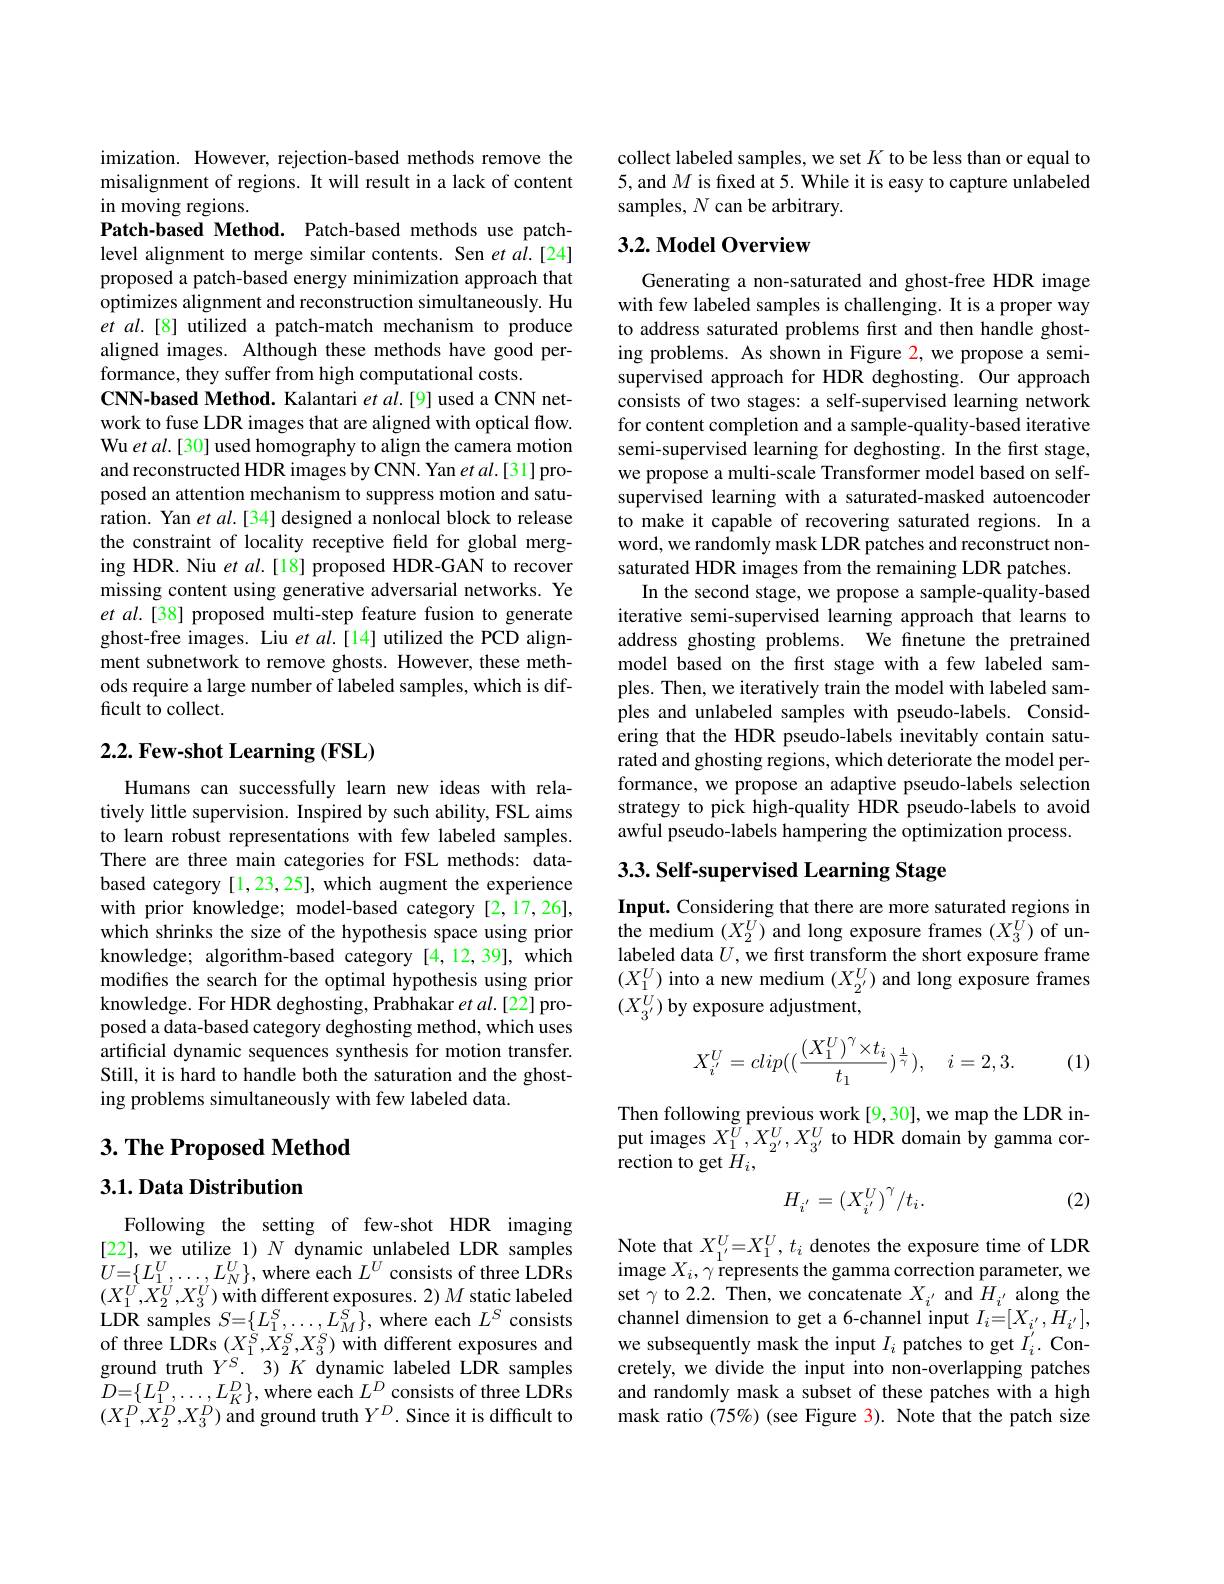
imization. However, rejection-based methods remove the misalignment of regions. It will result in a lack of content in moving regions.

Patch-based Method. Patch-based methods use patchlevel alignment to merge similar contents. Sen et al.[24] proposed a patch-based energy minimization approach that optimizes alignment and reconstruction simultaneously. Hu et al.[8] utilized a patch-match mechanism to produce aligned images. Although these methods have good performance, they suffer from high computational costs.
CNN-based Method. Kalantari et al.[9] used a CNN network to fuse LDR images that are aligned with optical flow. Wu et al.[30] used homography to align the camera motion and reconstructed HDR images by CNN. Yan et al.[31] proposed an attention mechanism to suppress motion and saturation. Yan et al.[34] designed a nonlocal block to release the constraint of locality receptive feld for global merging HDR. Niu et al.[18] proposed HDR-GAN to recover missing content using generative adversarial networks. Ye et al.[38] proposed multi-step feature fusion to generate ghost-free images. Liu $etal.[14]$ utilized the PCD alignment subnetwork to remove ghosts. However, these methods require a large number of labeled samples, which is difficult to collect.

### $2. 2. \textbf{Few- shot Learning ( FSL) }$

Humans can successfully learn new ideas with relatively little supervision. Inspired by such ability, FSL aims to learn robust representations with few labeled samples. There are three main categories for FSL methods: databased category [1,23,25], which augment the experience with prior knowledge; model-based category [2,17,26], which shrinks the size of the hypothesis space using prior knowledge; algorithm-based category [4,12,39], which modifies the search for the optimal hypothesis using prior knowledge. For HDR deghosting, Prabhakar et al.[22] proposed a data-based category deghosting method, which uses artificial dynamic sequences synthesis for motion transfer. Still, it is hard to handle both the saturation and the ghosting problems simultaneously with few labeled data.

3. The Proposed Method

## 3.1. Data Distribution

Following the setting of few-shot HDR imaging [22], we utilize 1) $N$ dynamic unlabeled LDR samples $U=\{L_{1}^{U},\ldots,L_{N}^{U}\}$,where each $L^U$ consists of three LDRs $(X_{1}^{\dot{U}},\tilde{X}_{2}^{\dot{U}},X_{3}^{\dot{U}})$ with different exposures. 2) M static labeled LDR samples $S=\{L_{1}^{S},\ldots,L_{M}^{S}\}$, where each $L^{S}$ consists of three LDRs $(X_{1}^{\grave{S}},\tilde{X}_{2}^{S},X_{3}^{S})$ with different exposures and ground truth $Y^S.3)K$ dynamic labeled LDR samples $D=\{L_{1}^{D},\ldots,L_{K}^{D}\}$,where each $L^{D}$ consists of three LDRs $(X_{1}^{D},X_{2}^{D},X_{3}^{D})$ and ground truth $Y^D.$ Since it is difficult to

collect labeled samples, we set $K$ to be less than or equal to 5, and $M$ is frxed at 5. While it is easy to capture unlabeled samples, $N$ can be arbitrary.

## $3. 2. \textbf{ Model Overview}$

Generating a non-saturated and ghost-free HDR image with few labeled samples is challenging. It is a proper way to address saturated problems first and then handle ghosting problems. As shown in Figure 2, we propose a semisupervised approach for HDR deghosting. Our approach consists of two stages: a self-supervised learning network for content completion and a sample-quality-based iterative semi-supervised learning for deghosting. In the first stage, we propose a multi-scale Transformer model based on selfsupervised learning with a saturated-masked autoencoder to make it capable of recovering saturated regions. In a word, we randomly mask LDR patches and reconstruct nonsaturated HDR images from the remaining LDR patches.
In the second stage, we propose a sample-quality-based iterative semi-supervised learning approach that learns to address ghosting problems. We finetune the pretrained model based on the first stage with a few labeled samples. Then, we iteratively train the model with labeled samples and unlabeled samples with pseudo-labels. Considering that the HDR pseudo-labels inevitably contain saturated and ghosting regions, which deteriorate the model performance, we propose an adaptive pseudo-labels selection strategy to pick high-quality HDR pseudo-labels to avoid awful pseudo-labels hampering the optimization process.

# 3.3. Self-supervised Learning Stage

Input. Considering that there are more saturated regions in the medium $(X_2^U)$ and long exposure frames $(X_3^U)$ of unlabeled data $U$, we first transform the short exposure frame $(X_1^U)$ into a new medium $(X_2^{U})$ and long exposure frames $(X_{3^{\prime}}^U)$ by exposure adjustment,
$$X_{i^{'}}^{U}=clip((\frac{(X_1^U)^{\gamma}\times t_i}{t_1})^{\frac{1}{\gamma}}),\quad i=2,3.$$
(1)

Then following previous work[9,30],we map the LDR input images $X_1^{\tilde{U}},X_{2^{\prime}}^{U},X_{3^{\prime}}^{U}$ to HDR domain by gamma correction to get $H_i$,

(2)
$$H_{i'}=\left(X_{i'}^{U}\right)^{\gamma}/t_{i}.$$
$\begin{array}{l}\text{Note that }X_{1^{\prime}=X_{1}^{U},~t_{i}~denotes~the~exposure~time~of~LDR}\\\text{image }X_{i},~\gamma~\text{represents the gamma correction parameter,we}\end{array}$ set $\gamma$ to 2.2. Then, we concatenate $X_i^{\prime}$ and $H_i^{\prime}$ along the channel dimension to get a 6-channel input $I_i=[X_{i^{\prime}},H_{i^{\prime}}]$, we subsequently mask the input $I_i$ patches to get $I_i^{\prime}.$ Concretely, we divide the input into non-overlapping patches and randomly mask a subset of these patches with a high mask ratio (75%) (see Figure 3). Note that the patch size